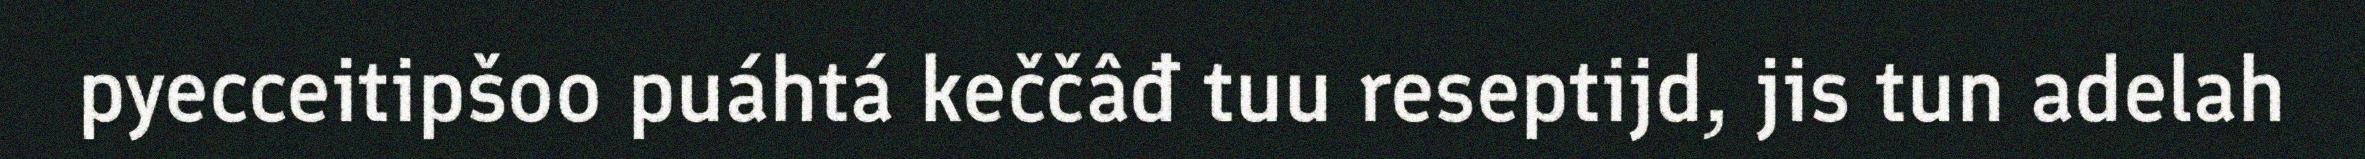
pyecceitipšoo puáhtá keččâđ tuu reseptijd, jis tun adelah